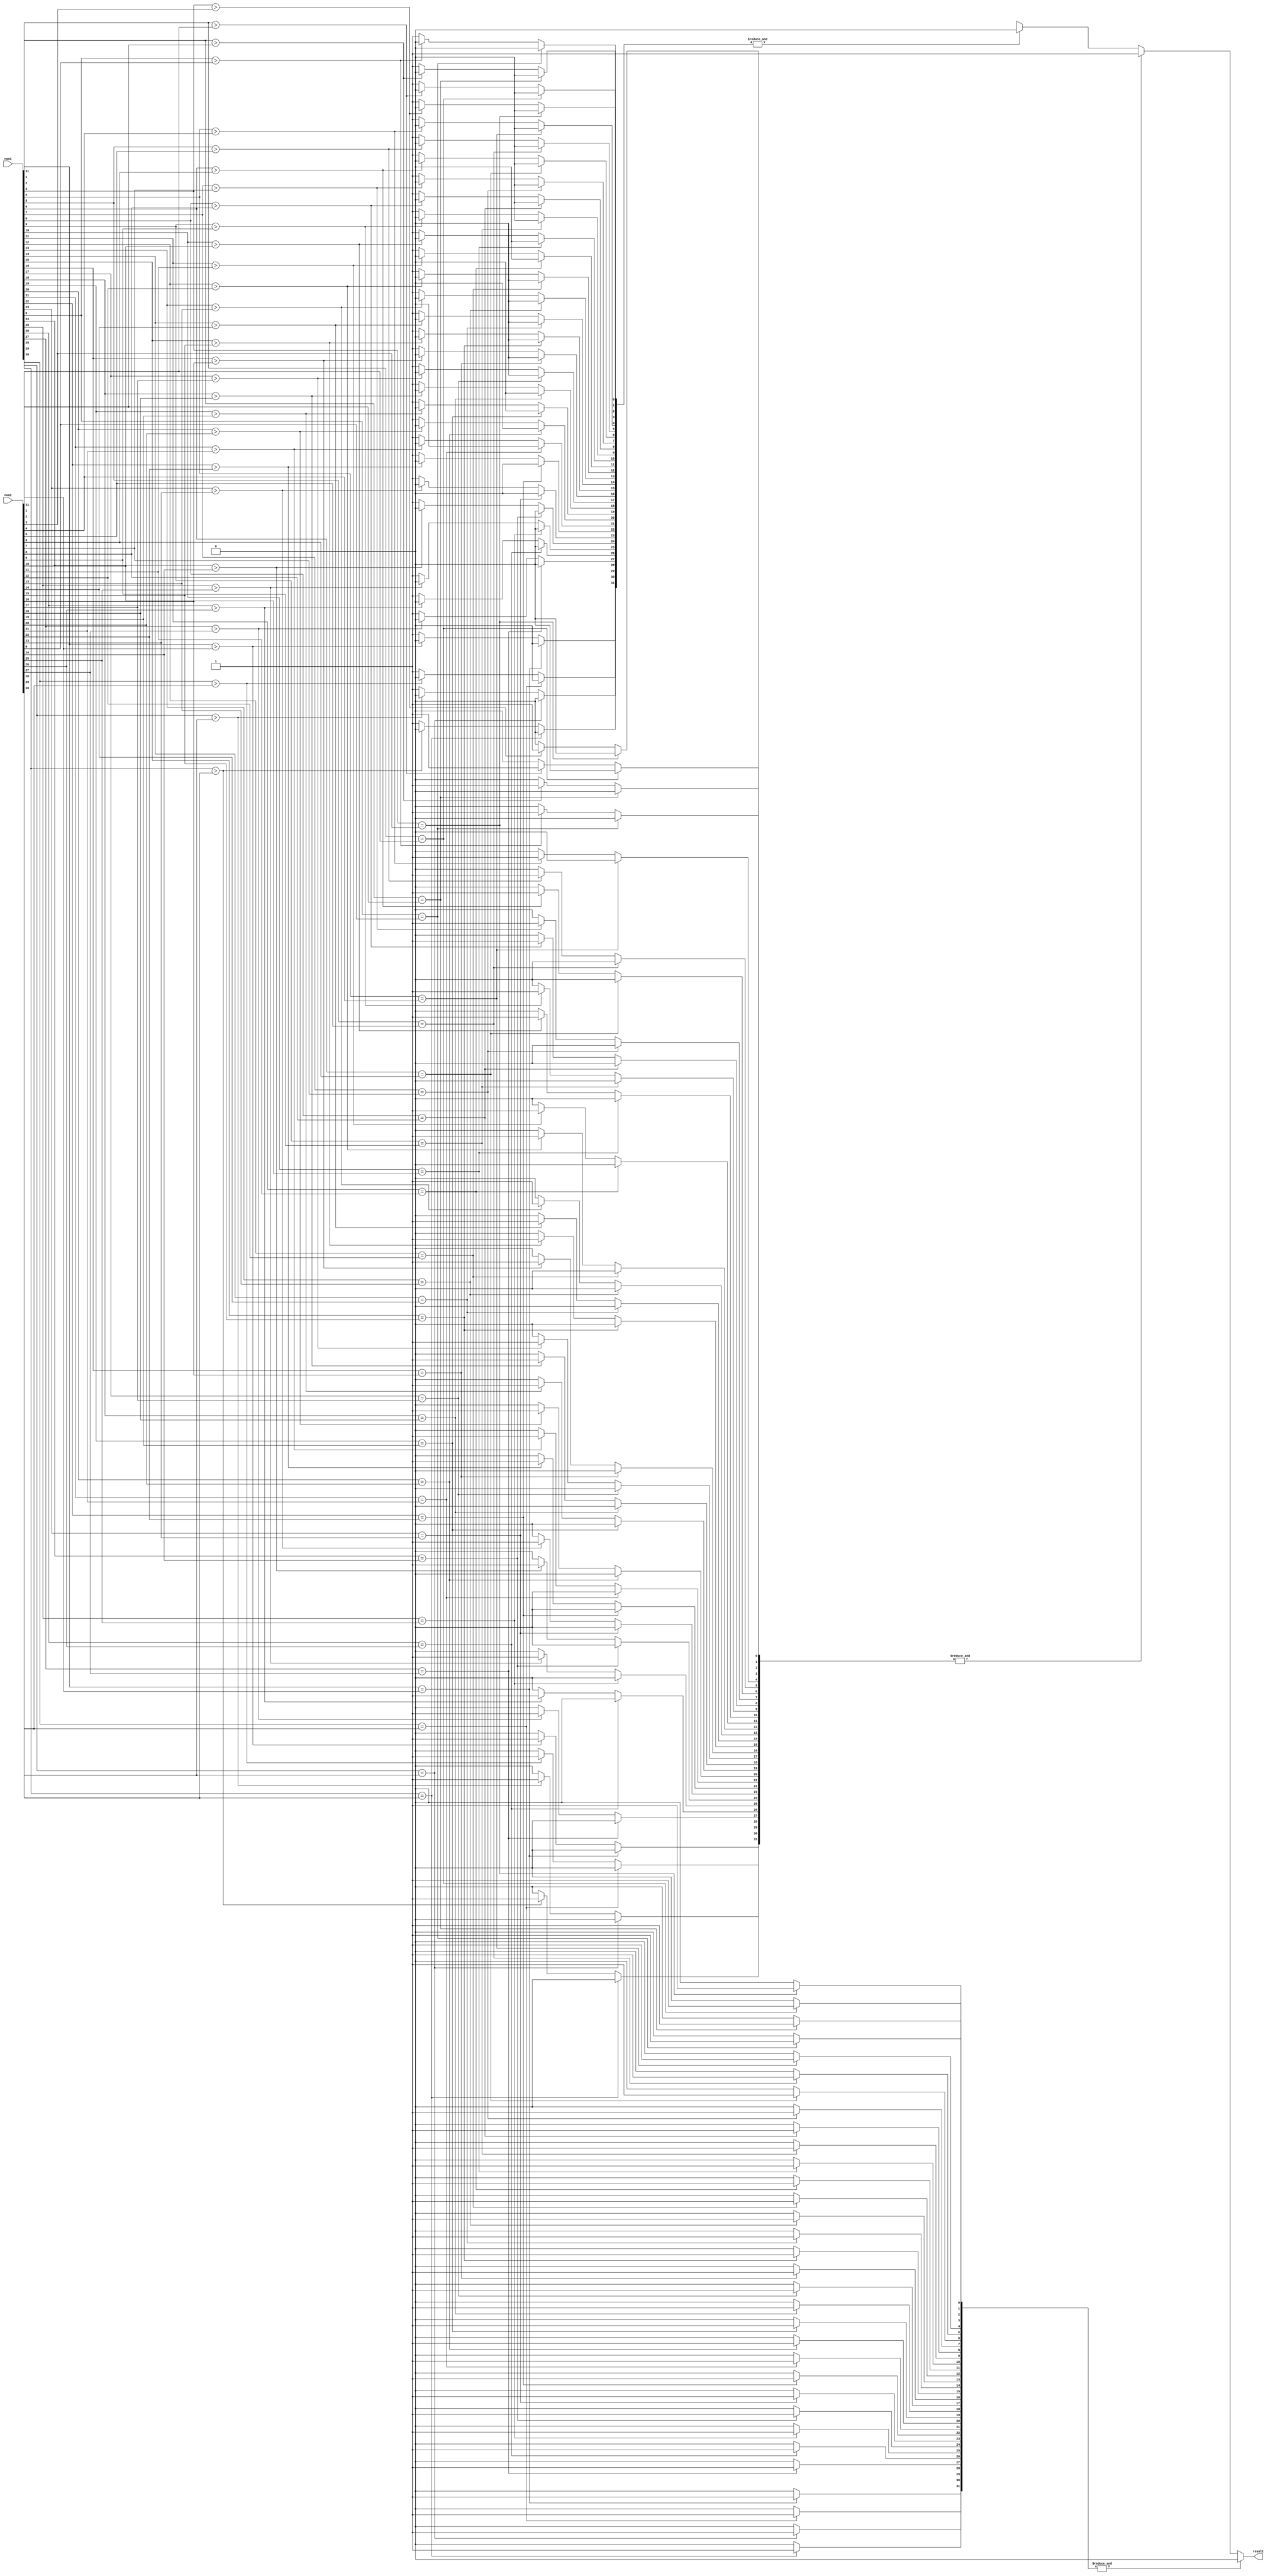
module comparator (
    input [31:0] num1,
    input [31:0] num2,
    output result
);

reg [31:0] equal;
reg [31:0] greater;
reg [31:0] less;

// Comparing each bit of the two input numbers
genvar i;
generate
    for (i = 0; i < 32; i = i + 1) begin
        always @* begin
            if (num1[i] == num2[i]) begin
                equal[i] = 1;
                greater[i] = 0;
                less[i] = 0;
            end else if (num1[i] > num2[i]) begin
                equal[i] = 0;
                greater[i] = 1;
                less[i] = 0;
            end else begin
                equal[i] = 0;
                greater[i] = 0;
                less[i] = 1;
            end
        end
    end
endgenerate

// Combining the output of all the blocks
assign result = &equal ? 3'b000 : 
                &greater ? 3'b001 : 
                &less ? 3'b010 : 3'bxxx;

endmodule